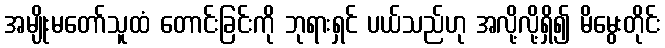
အမျိုးမတော်သူထံ တောင်းခြင်းကို ဘုရားရှင် ပယ်သည်ဟု အလို့လို့ရှိ၍ မိမွေးတိုင်း